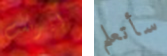
إيرنست سأتعلم